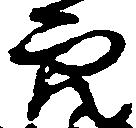
穴